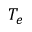
T _ { e }